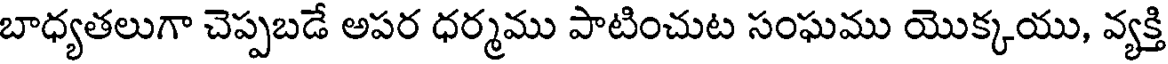
బాధ్యతలుగా చెప్పబడే అపర ధర్మము పాటించుట సంఘము యొక్కయు, వ్యక్తి